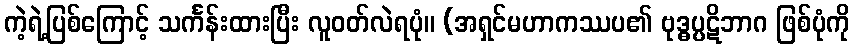
ကဲ့ရဲ့ပြစ်ကြောင့် သင်္ကန်းထားပြီး လူဝတ်လဲရပုံ။ (အရှင်မဟာကဿပ၏ ဗုဒ္ဓပ္ပဋိဘာဂ ဖြစ်ပုံကို